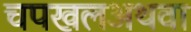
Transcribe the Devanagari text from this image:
चपखलअथवा